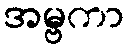
အမ္ဗကာ